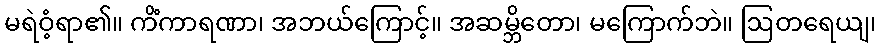
မရဲဝံ့ရာ၏။ ကိံကာရဏာ၊ အဘယ်ကြောင့်။ အဆမ္ဘိတော၊ မကြောက်ဘဲ။ ဩတရေယျ၊